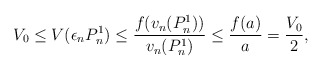
\begin{align*}V_0 \leq V(\epsilon_n P_n^1) \leq \frac{f(v_n(P_n^1))}{v_n(P_n^1)} \leq \frac{f(a)}{a} = \frac{V_0}{2},\end{align*}